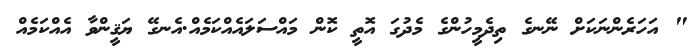
" އަހަރެންނަކަށް ނޭނގެ ތިދެމީހުންގެ މެދުގަ އޮތީ ކޮން މައްސަލައެއްކަމެއް.އެނގޭ ޔަޤީންވާ އެއްކަމެއް